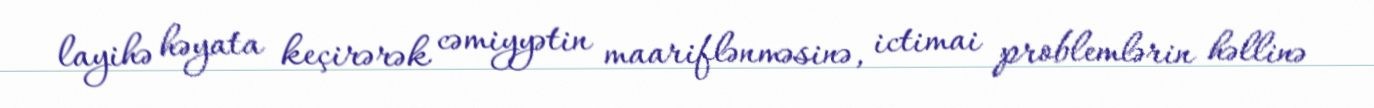
layihə həyata keçirərək cəmiyyətin maariflənməsinə, ictimai problemlərin həllinə